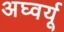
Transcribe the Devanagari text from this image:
अघ्वर्यू